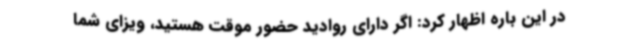
در این باره اظهار کرد: اگر دارای روادید حضور موقت هستید، ویزای شما